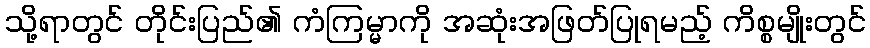
သို့ရာတွင် တိုင်းပြည်၏ ကံကြမ္မာကို အဆုံးအဖြတ်ပြုရမည့် ကိစ္စမျိုးတွင်